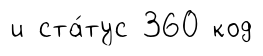
и ста́тус 360 код